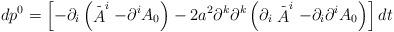
LaTeX: \begin{align*}dp^0=\left[ -\partial _i\left( \stackrel{\_}{A}^i-\partial ^iA_0\right)-2a^2\partial ^k\partial ^k\left( \partial _i\stackrel{\_}{A}^i-\partial_i\partial ^iA_0\right) \right] dt\end{align*}